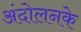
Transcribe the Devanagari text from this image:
अंदोलनके